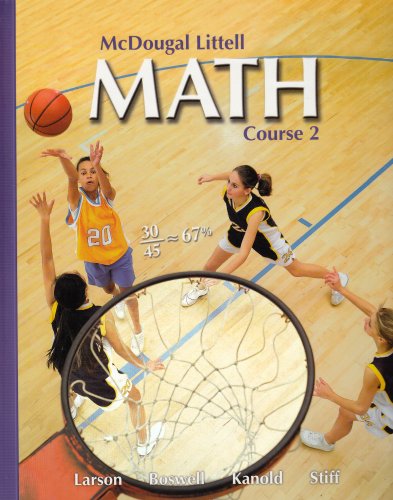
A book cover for McDougal Littell Math Course 2: Student Edition 2007; MCDOUGAL LITTEL; Teen & Young Adult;